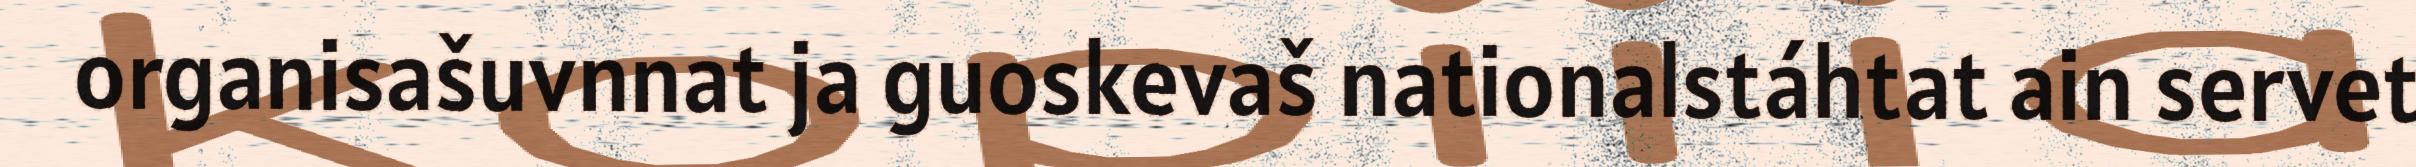
organisašuvnnat ja guoskevaš nationalstáhtat ain servet